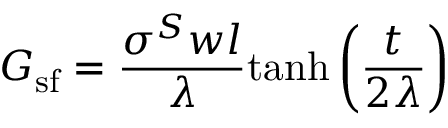
G _ { \mathrm { s f } } = \frac { \sigma ^ { S } w l } { \lambda } \mathrm { t a n h } \left( \frac { t } { 2 \lambda } \right)